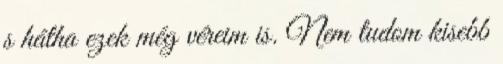
s hátha ezek még véreim is. Nem tudom kisebb